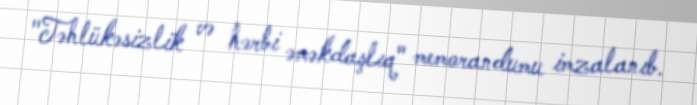
"Təhlükəsizlik və hərbi əməkdaşlıq" memorandumu imzalanıb.